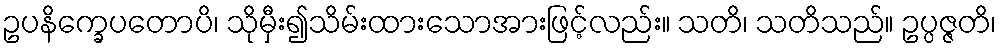
ဥပနိက္ခေပတောပိ၊ သိုမှီး၍သိမ်းထားသောအားဖြင့်လည်း။ သတိ၊ သတိသည်။ ဥပ္ပဇ္ဇတိ၊